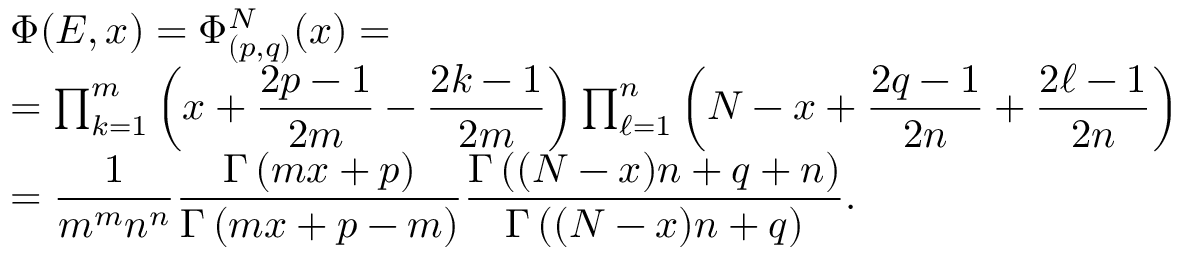
\begin{array} { l } { { \Phi ( E , x ) = \Phi _ { ( p , q ) } ^ { N } ( x ) = } } \\ { { = \prod _ { k = 1 } ^ { m } \left( x + \displaystyle \frac { 2 p - 1 } { 2 m } - \frac { 2 k - 1 } { 2 m } \right) \prod _ { \ell = 1 } ^ { n } \left( N - x + \displaystyle \frac { 2 q - 1 } { 2 n } + \frac { 2 \ell - 1 } { 2 n } \right) } } \\ { { = \displaystyle \frac { 1 } { m ^ { m } n ^ { n } } \displaystyle \frac { \Gamma \left( m x + p \right) } { \Gamma \left( m x + p - m \right) } \displaystyle \frac { \Gamma \left( ( N - x ) n + q + n \right) } { \Gamma \left( ( N - x ) n + q \right) } . } } \end{array}